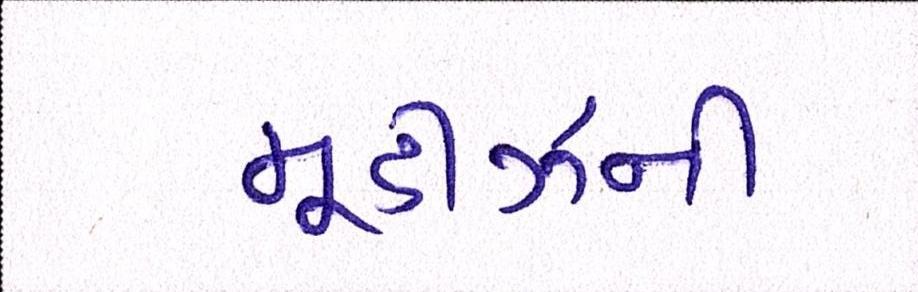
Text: મૂડીઝની